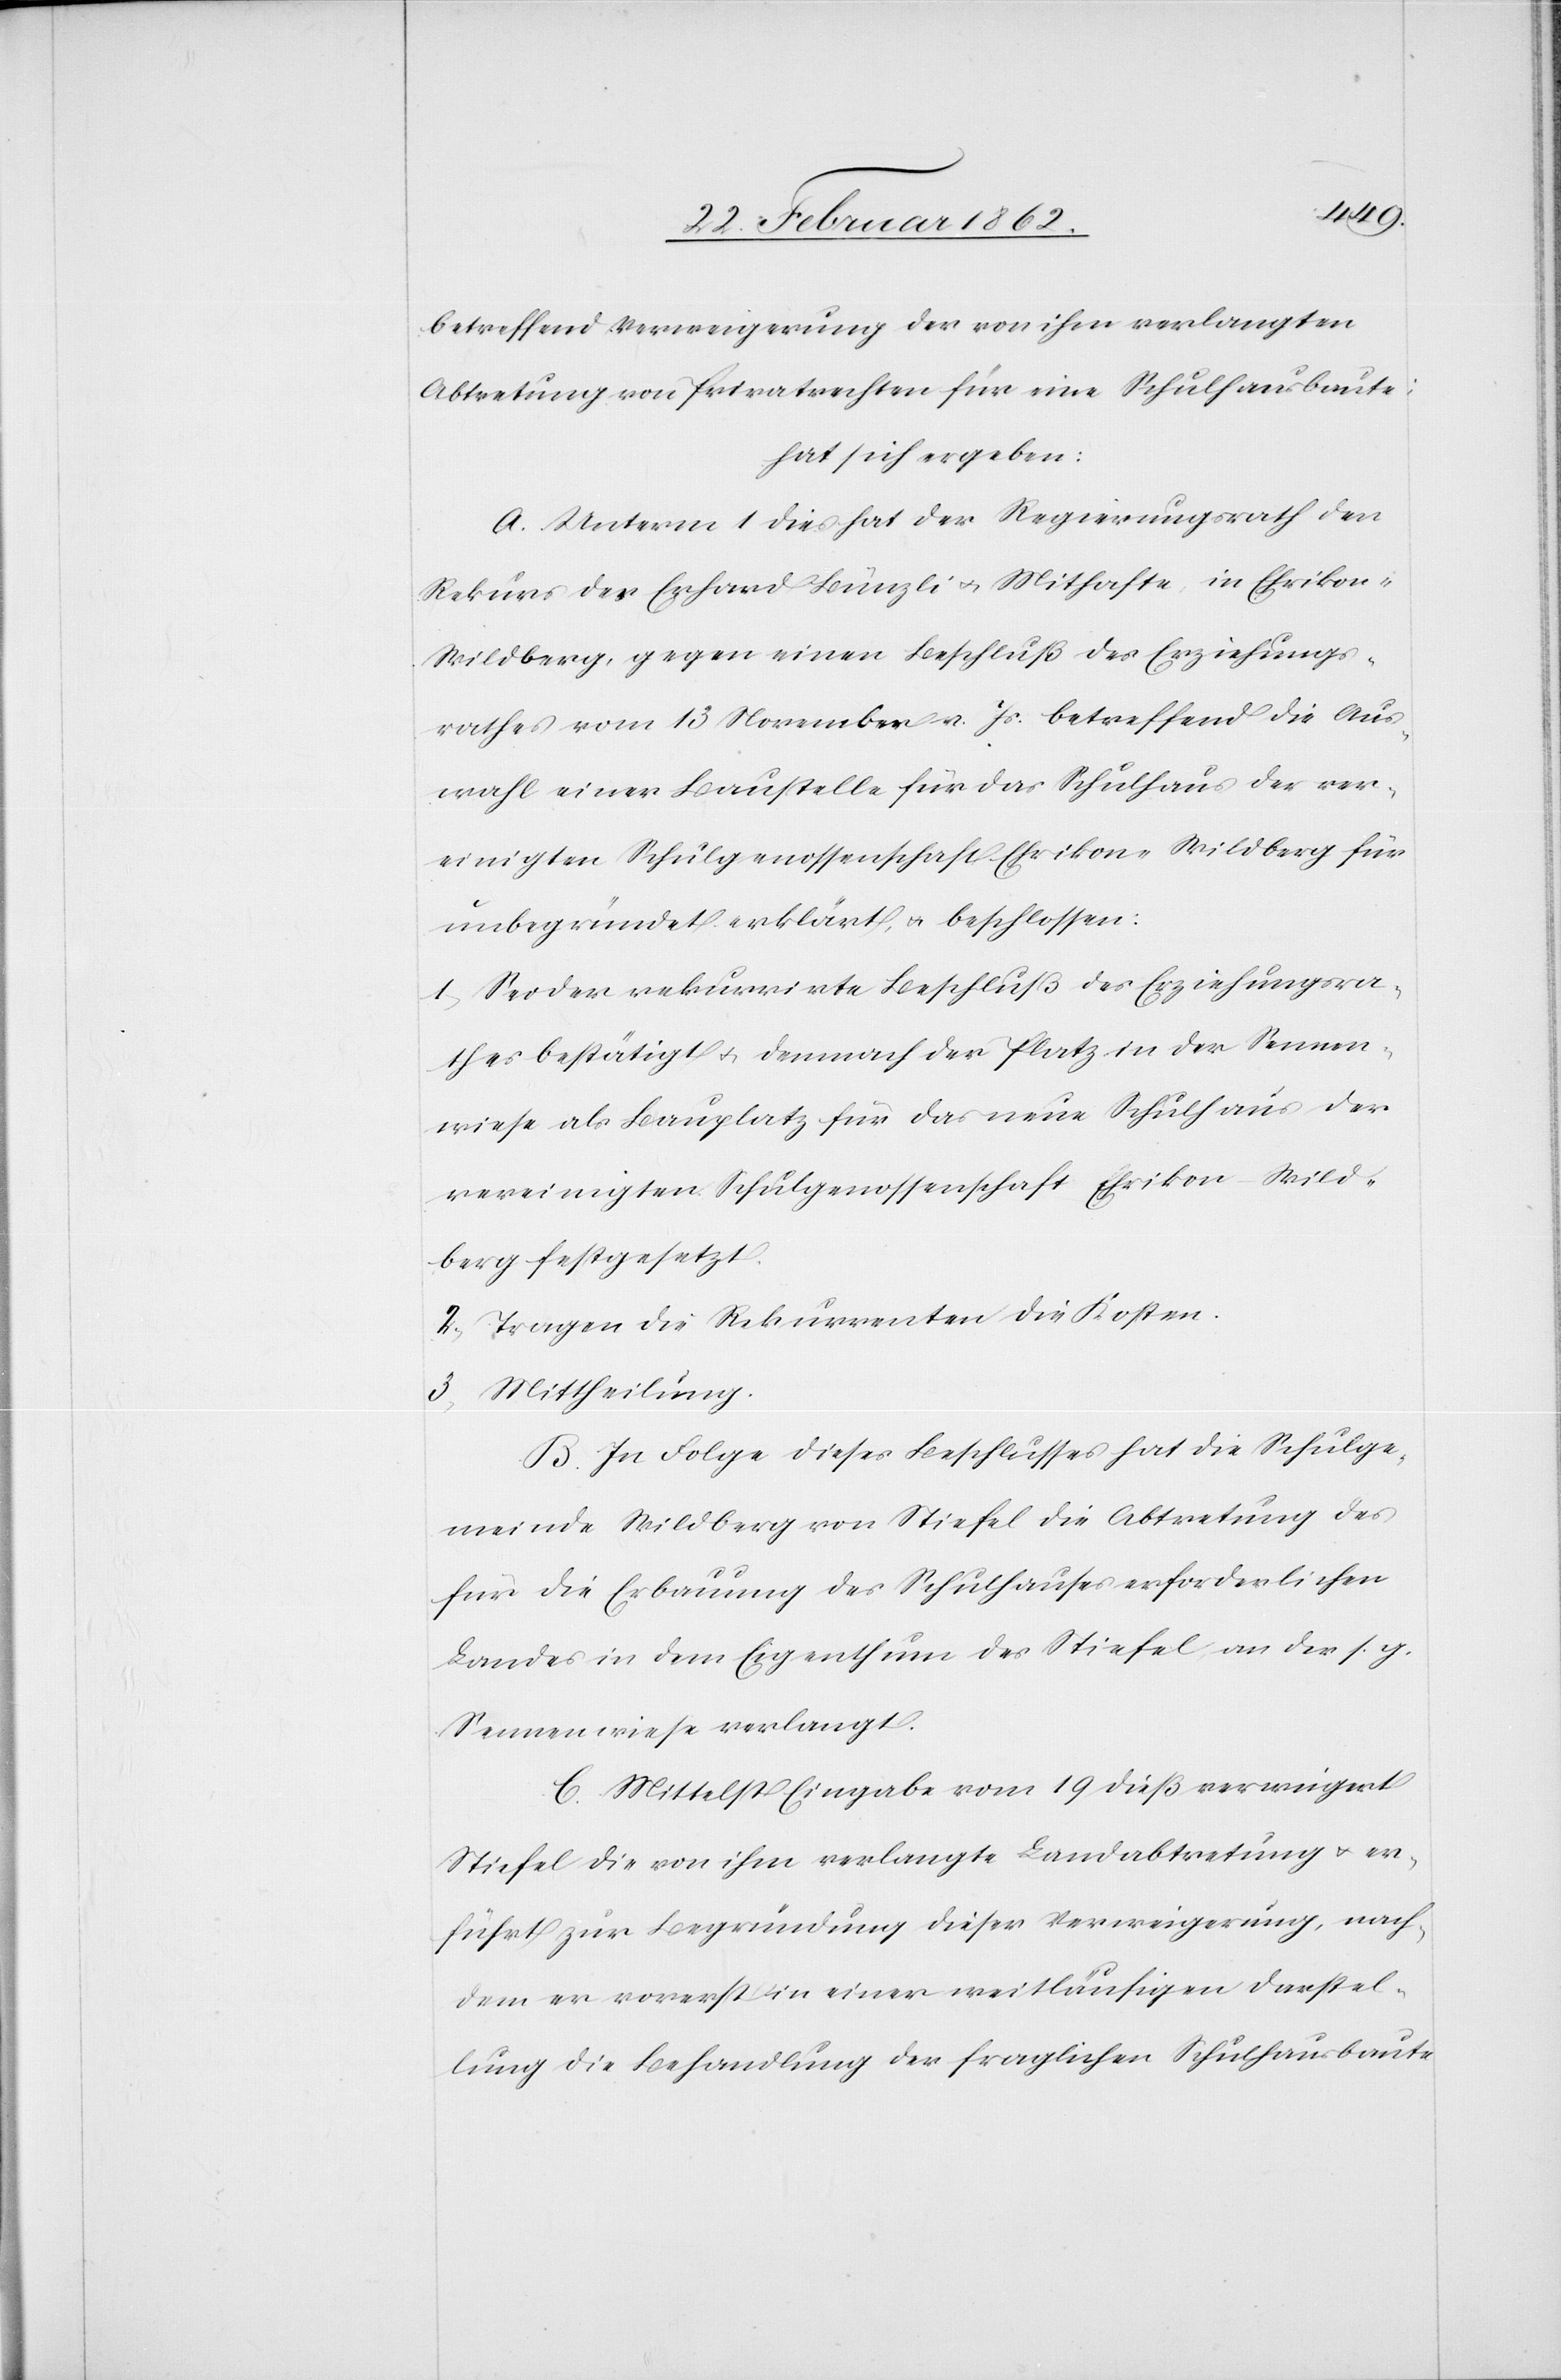
betreffend Verweigerung der von ihm verlangten
Abtretung von Privatrechten für eine Schulhausbaute;
hat sich ergeben:
A. Unterm 1 dies hat der Regierungsrath den
Rekurs der Erhard Bünzli u. Mithafte, in Ehrikon-W¬
ildberg, gegen einen Beschluß des Erziehungs¬
rathes vom 13 November v. Js. betreffend die Aus¬
wahl einer Baustelle für das Schulhaus der ver¬
einigten Schulgenossenschaft Ehrikon-Wildberg für
unbegründet erklärt, u. beschlossen:
1) Sei der rekurrirte Beschluß des Erziehungsra¬
thes bestätigt u. demnach der Platz in der Sennen¬
wiese als Bauplatz für das neue Schulhaus der
vereinigten Schulgenossenschaft Ehrikon-Wild¬
berg festgesetzt.
2) Tragen die Rekurrenten die Kosten.
3) Mittheilung.
B. In Folge dieses Beschlusses hat die Schulge¬
meinde Wildberg von Stiefel die Abtretung des
für die Erbauung des Schulhauses erforderlichen
Landes in dem Eigenthum des Stiefel in der s. g.
Sennenwiese verlangt.
C. Mittelst Eingabe vom 19 dieß verweigert
Stiefel die von ihm verlangte Landabtretung u. er
führt zur Begründung dieser Verweigerung, nach¬
dem er vorerst in einer weitläufigen Darstel¬
lung die Behandlung der fraglichen Schulhausbaute